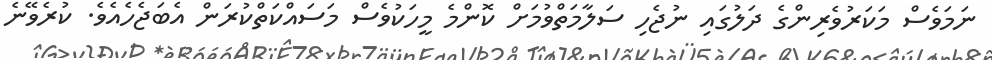
ނަމަވެސް މަކަރުވެރިންގެ ދަލުގައި ނުޖެހި ސަލާމަތްވުމަށް ކޮންމެ މީހަކުވެސް މަސައްކަތްކުރަން އެބަޖެހެއެވެ. ކުރެވޭނެ